Report of the Bombay Veterinary College
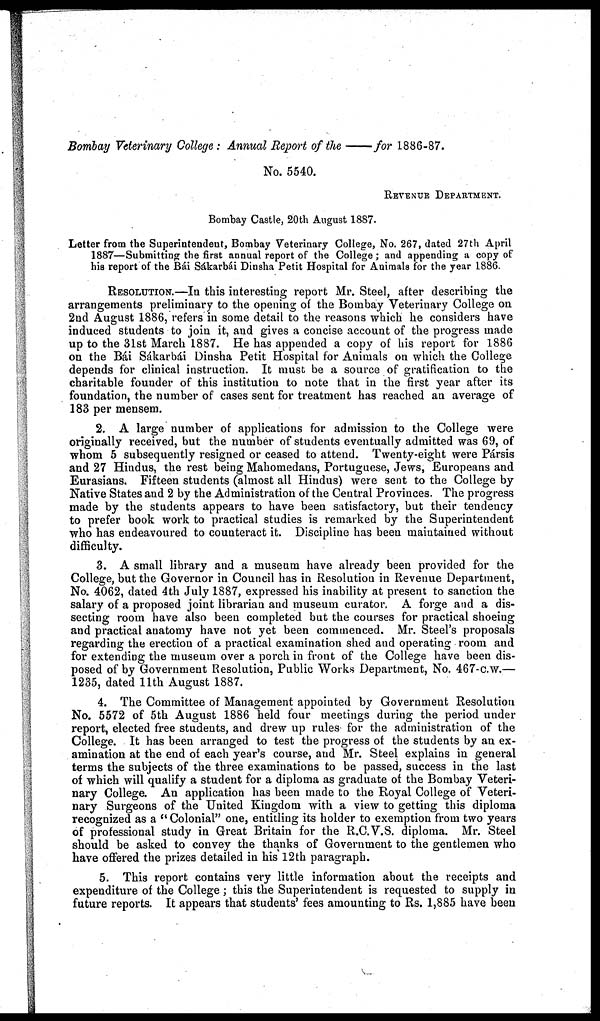
Bombay Veterinary College: Annual Report of the — for 1886-87.
No. 5540.
REVENUE DEPARTMENT.
Bombay Castle, 20th August 1887.
Letter from the Superintendent, Bombay Veterinary College, No. 267, dated 27th April
1887—Submitting the first annual report of the College; and appending a copy of
his report of the Bái Sákarbái Dinsha Petit Hospital for Animals for the year 1886.
RESOLUTION.—In this interesting report Mr. Steel, after describing the
arrangements preliminary to the opening of the Bombay Veterinary College on
2nd August 1886, refers in some detail to the reasons which he considers have
induced students to join it, and gives a concise account of the progress made
up to the 31st March 1887. He has appended a copy of his report for 1886
on the Bái Sákarbái Dinsha Petit Hospital for Animals on which the College
depends for clinical instruction. It must be a source of gratification to the
charitable founder of this institution to note that in the first year after its
foundation, the number of cases sent for treatment has reached an average of
183 per mensem.
2. A large number of applications for admission to the College were
originally received, but the number of students eventually admitted was 69, of
whom 5 subsequently resigned or ceased to attend. Twenty-eight were Pársis
and 27 Hindus, the rest being Mahomedans, Portuguese, Jews, Europeans and
Eurasians. Fifteen students (almost all Hindus) were sent to the College by
Native States and 2 by the Administration of the Central Provinces. The progress
made by the students appears to have been satisfactory, but their tendency
to prefer book work to practical studies is remarked by the Superintendent
who has endeavoured to counteract it. Discipline has been maintained without
difficulty.
3. A small library and a museum have already been provided for the
College, but the Governor in Council has in Resolution in Revenue Department,
No. 4062, dated 4th July 1887, expressed his inability at present to sanction the
salary of a proposed joint librarian and museum curator. A forge and a dis-
secting room have also been completed but the courses for practical shoeing
and practical anatomy have not yet been commenced. Mr. Steel's proposals
regarding the erection of a practical examination shed and operating room and
for extending the museum over a porch in front of the College have been dis-
posed of by Government Resolution, Public Works Department, No. 467-c.w.—
1235, dated 11th August 1887.
4. The Committee of Management appointed by Government Resolution
No. 5572 of 5th August 1886 held four meetings during the period under
report, elected free students, and drew up rules for the administration of the
College. It has been arranged to test the progress of the students by an ex-
amination at the end of each year's course, and Mr. Steel explains in general
terms the subjects of the three examinations to be passed, success in the last
of which will qualify a student for a diploma as graduate of the Bombay Veteri-
nary College. An application has been made to the Royal College of Veteri-
nary Surgeons of the United Kingdom with a view to getting this diploma
recognized as a "Colonial" one, entitling its holder to exemption from two years
of professional study in Great Britain for the R.C.V.S. diploma. Mr. Steel
should be asked to convey the thanks of Government to the gentlemen who
have offered the prizes detailed in his 12th paragraph.
5. This report contains very little information about the receipts and
expenditure of the College; this the Superintendent is requested to supply in
future reports. It appears that students' fees amounting to Rs. 1,885 have been